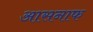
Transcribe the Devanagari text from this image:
आसनाफ